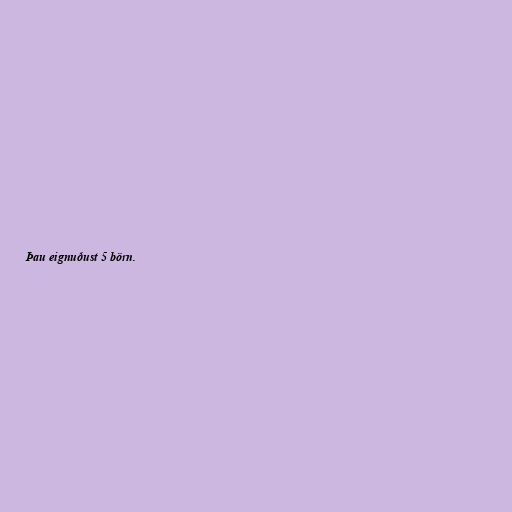
Þau eignuðust 5 börn.